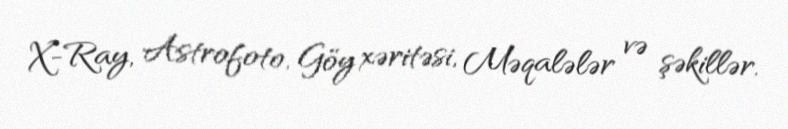
X-Ray, Astrofoto, Göy xəritəsi, Məqalələr və şəkillər.